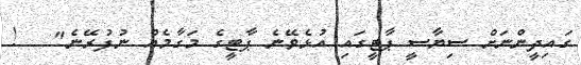
ގައިދީންނަށް ސިޔާސީ ޕާޓީގައި އުޅެވޭނެ ޕާޓީގެ މަގާމެއް ނުފުރޭނެ"   !